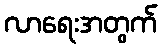
လာရေးအတွက်